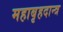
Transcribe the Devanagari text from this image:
महाबृहदान्त्र